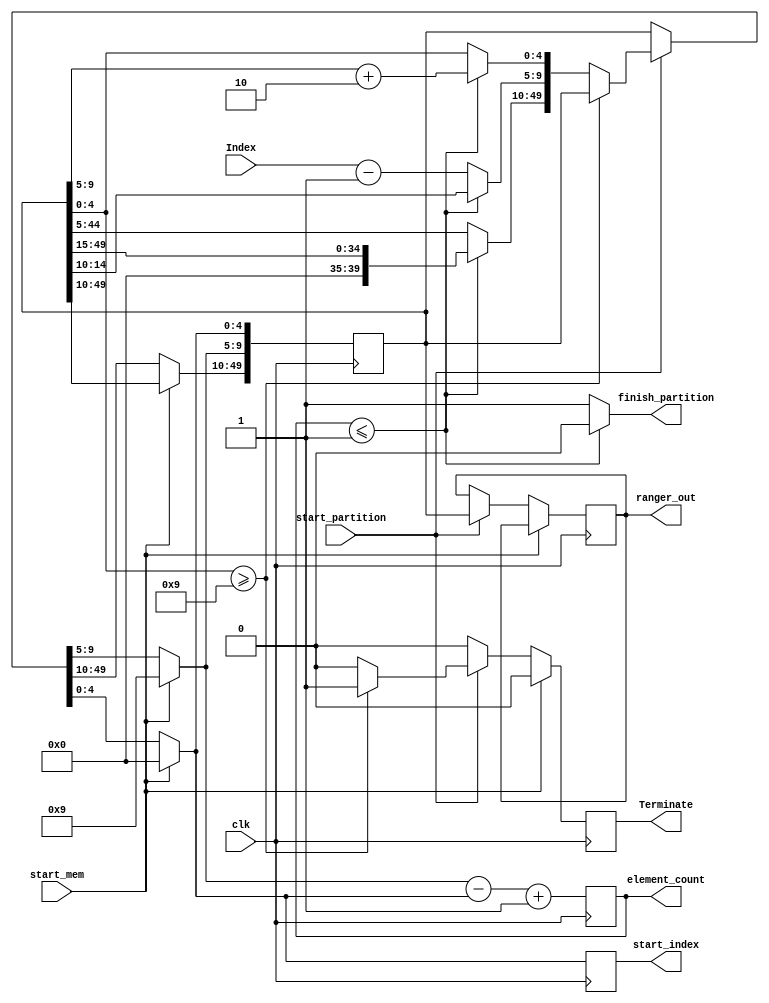
`timescale 1ns / 1ps
module partition#(parameter K = 10, N = 23, M = 8, L = N+M+1, S = $clog2(K) +1)( start_partition,Terminate, finish_partition,
                                                                                 start_mem, ranger_out,clk, Index, start_index, element_count  );
input clk, start_partition,  start_mem;
input [S-1:0] Index;
output reg [S-1:0] start_index = 0, element_count = 0;             
output reg finish_partition, Terminate = 0;               //flag Terminate marks the end of sorting
reg [(S*K)-1:0]Ranger = 0;    
output reg [(S*K)-1:0]ranger_out ;                      // array for stornig indices of pivot
always @(negedge clk)
 begin
  if(start_mem)
    begin
     Ranger[0+:S] = 0;                         // array ranger is initialized here!!
     Ranger[S+:S] = K-1;
     Terminate = 0;
    end
    else
    if(start_partition)
      begin
        ranger_out = Ranger;
        if(Ranger[0+:S] >= K-1)
          begin
            Terminate = 1;                        
          end                                              //how to pause this machine
        else
          begin
            Terminate = 0;
            if(element_count   <= 1)
              begin                                    //notice this flag
                Ranger = Ranger >> S;
                Ranger[0+:S] = Ranger[0+:S]+2;                   //****
                  //Ranger = {(Ranger[S+:S*(K-1)]>>S),(Ranger[S+:S] + 2)};
                 
              end
            else
              begin
                  
                Ranger[S+:S*(K-1)] = Ranger[S+:S*(K-1)] << S;
                Ranger[S+:S] = Index - 1;                                //flag again
              end
          end
      end
    else
      begin                                             //commented coz it was causing problem in synthesis
        Terminate = 0;
      end
      
   start_index = Ranger[0+:S];
   element_count = Ranger[S+:S] - Ranger[0+:S] + 1'b1 ; 
 end          
  

         
always @(element_count)            //or sensitivity list can include element_count as well
  begin
    if(element_count <= 1) finish_partition <= 0;
    else finish_partition <= 1;
 end
 
 
endmodule